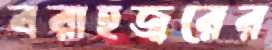
বরাহজ্বরের